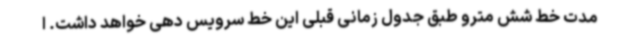
مدت خط شش مترو طبق جدول زمانی قبلی این خط سرویس دهی خواهد داشت. ا